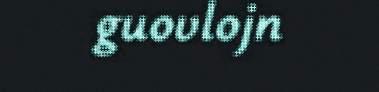
guovlojn